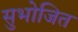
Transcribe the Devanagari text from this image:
सुभोजित